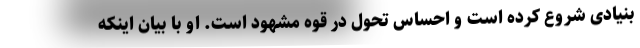
بنیادی شروع کرده است و احساس تحول در قوه مشهود است. او با بیان اینکه